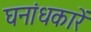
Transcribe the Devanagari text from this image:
घनांधकारें